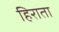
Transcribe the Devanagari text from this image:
हिराता